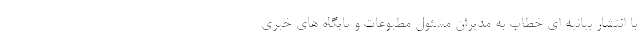
با انتشار بیانیه ای خطاب به مدیران مسئول مطبوعات و پایگاه های خبری